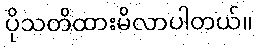
ပိုသတိထားမိလာပါတယ်။